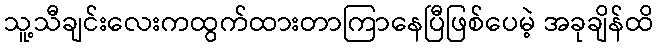
သူ့သီချင်းလေးကထွက်ထားတာကြာနေပြီဖြစ်ပေမဲ့ အခုချိန်ထိ